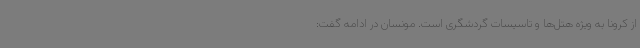
از کرونا به ویژه هتل‌ها و تاسیسات گردشگری است. مونسان در ادامه گفت: